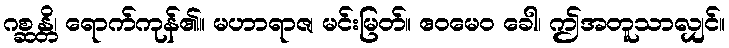
ဂစ္ဆန္တိ၊ ရောက်ကုန်၏။ မဟာရာဇ၊ မင်းမြတ်။ ဧဝမေဝ ခေါ၊ ဤအတူသာလျှင်။